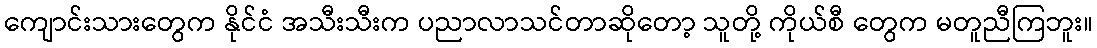
ကျောင်းသားတွေက နိုင်ငံ အသီးသီးက ပညာလာသင်တာဆိုတော့ သူတို့ ကိုယ်စီ တွေက မတူညီကြဘူး။